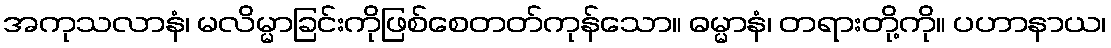
အကုသလာနံ၊ မလိမ္မာခြင်းကိုဖြစ်စေတတ်ကုန်သော။ ဓမ္မာနံ၊ တရားတို့ကို။ ပဟာနာယ၊